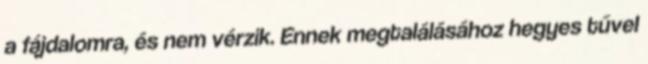
a fájdalomra, és nem vérzik. Ennek megtalálásához hegyes tűvel